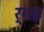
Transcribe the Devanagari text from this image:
र्गइ